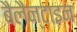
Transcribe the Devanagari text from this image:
बैलैन्टाइन